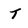
Character: T